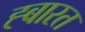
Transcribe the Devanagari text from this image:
ह्बारत